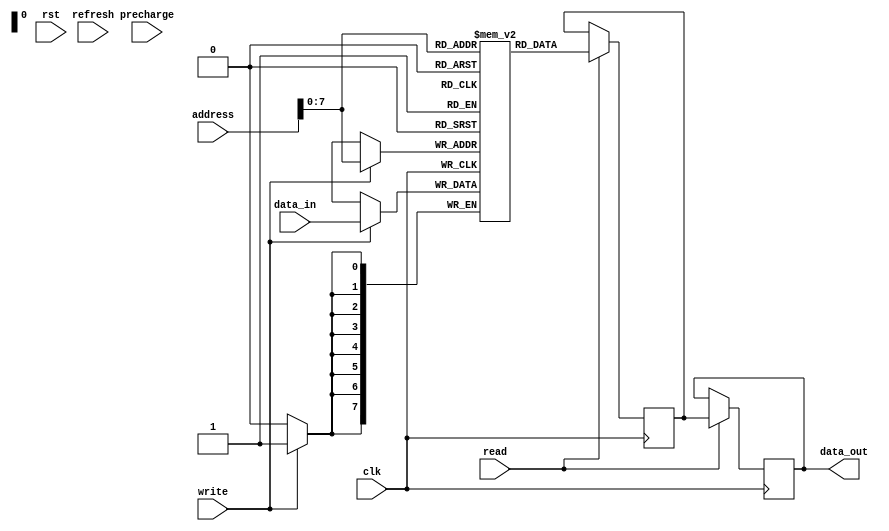
module DDR_SDRAM (
  input wire clk,
  input wire rst,
  input wire [31:0] address,
  input wire [7:0] data_in,
  output wire [7:0] data_out,
  input wire read,
  input wire write,
  input wire refresh,
  input wire precharge
);

  // Memory array for storing data
  reg [7:0] memory [0:255];

  // Address and data bus interface
  reg [7:0] read_data;
  wire [7:0] write_data;

  // Row and column address decoder
  reg [7:0] row_address;
  reg [7:0] column_address;

  // Read and write control signals
  reg read_enable;
  reg write_enable;

  // Read operation
  always @(posedge clk) begin
    if (read) begin
      read_data <= memory[address];
      data_out <= read_data;
    end
  end

  // Write operation
  always @(posedge clk) begin
    if (write) begin
      memory[address] <= data_in;
    end
  end

  // Refresh command
  always @(posedge clk) begin
    if (refresh) begin
      // Perform refresh operation
    end
  end

  // Precharge command
  always @(posedge clk) begin
    if (precharge) begin
      // Perform precharge operation
    end
  end

endmodule